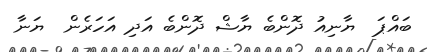
ބައްޕަ  ޔާނިއު ދޮންބެ ޔާޝް ދޮންބެ އަދި އަހަރެން  ޔަނާ